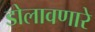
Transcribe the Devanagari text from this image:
डोलावणारे